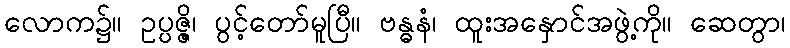
လောက၌။ ဥပ္ပဇ္ဇိ၊ ပွင့်တော်မူပြီ။ ဗန္ဓနံ၊ ထူးအနှောင်အဖွဲ့ကို။ ဆေတွာ၊